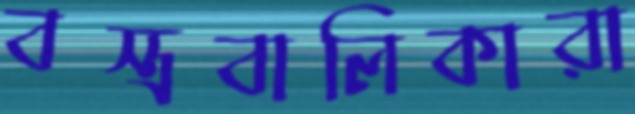
বস্ত্রবালিকারা